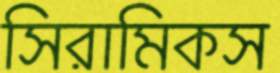
সিরামিকস